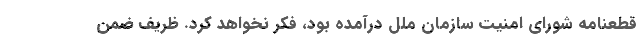
قطعنامه شورای امنیت سازمان ملل درآمده بود، فکر نخواهد کرد. ظریف ضمن